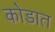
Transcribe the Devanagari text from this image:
कोडात